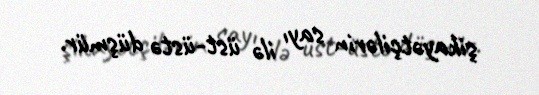
şikayətçilərin sayı ilə üst-üstə düşmür.